Bréfritari: Erlendur Ólafsson
Viðtakandi: Jón Borgfirðings Jónsson
Dagsetning: A-1867-08-10
Skrifað á: Akureyri  Eyf.

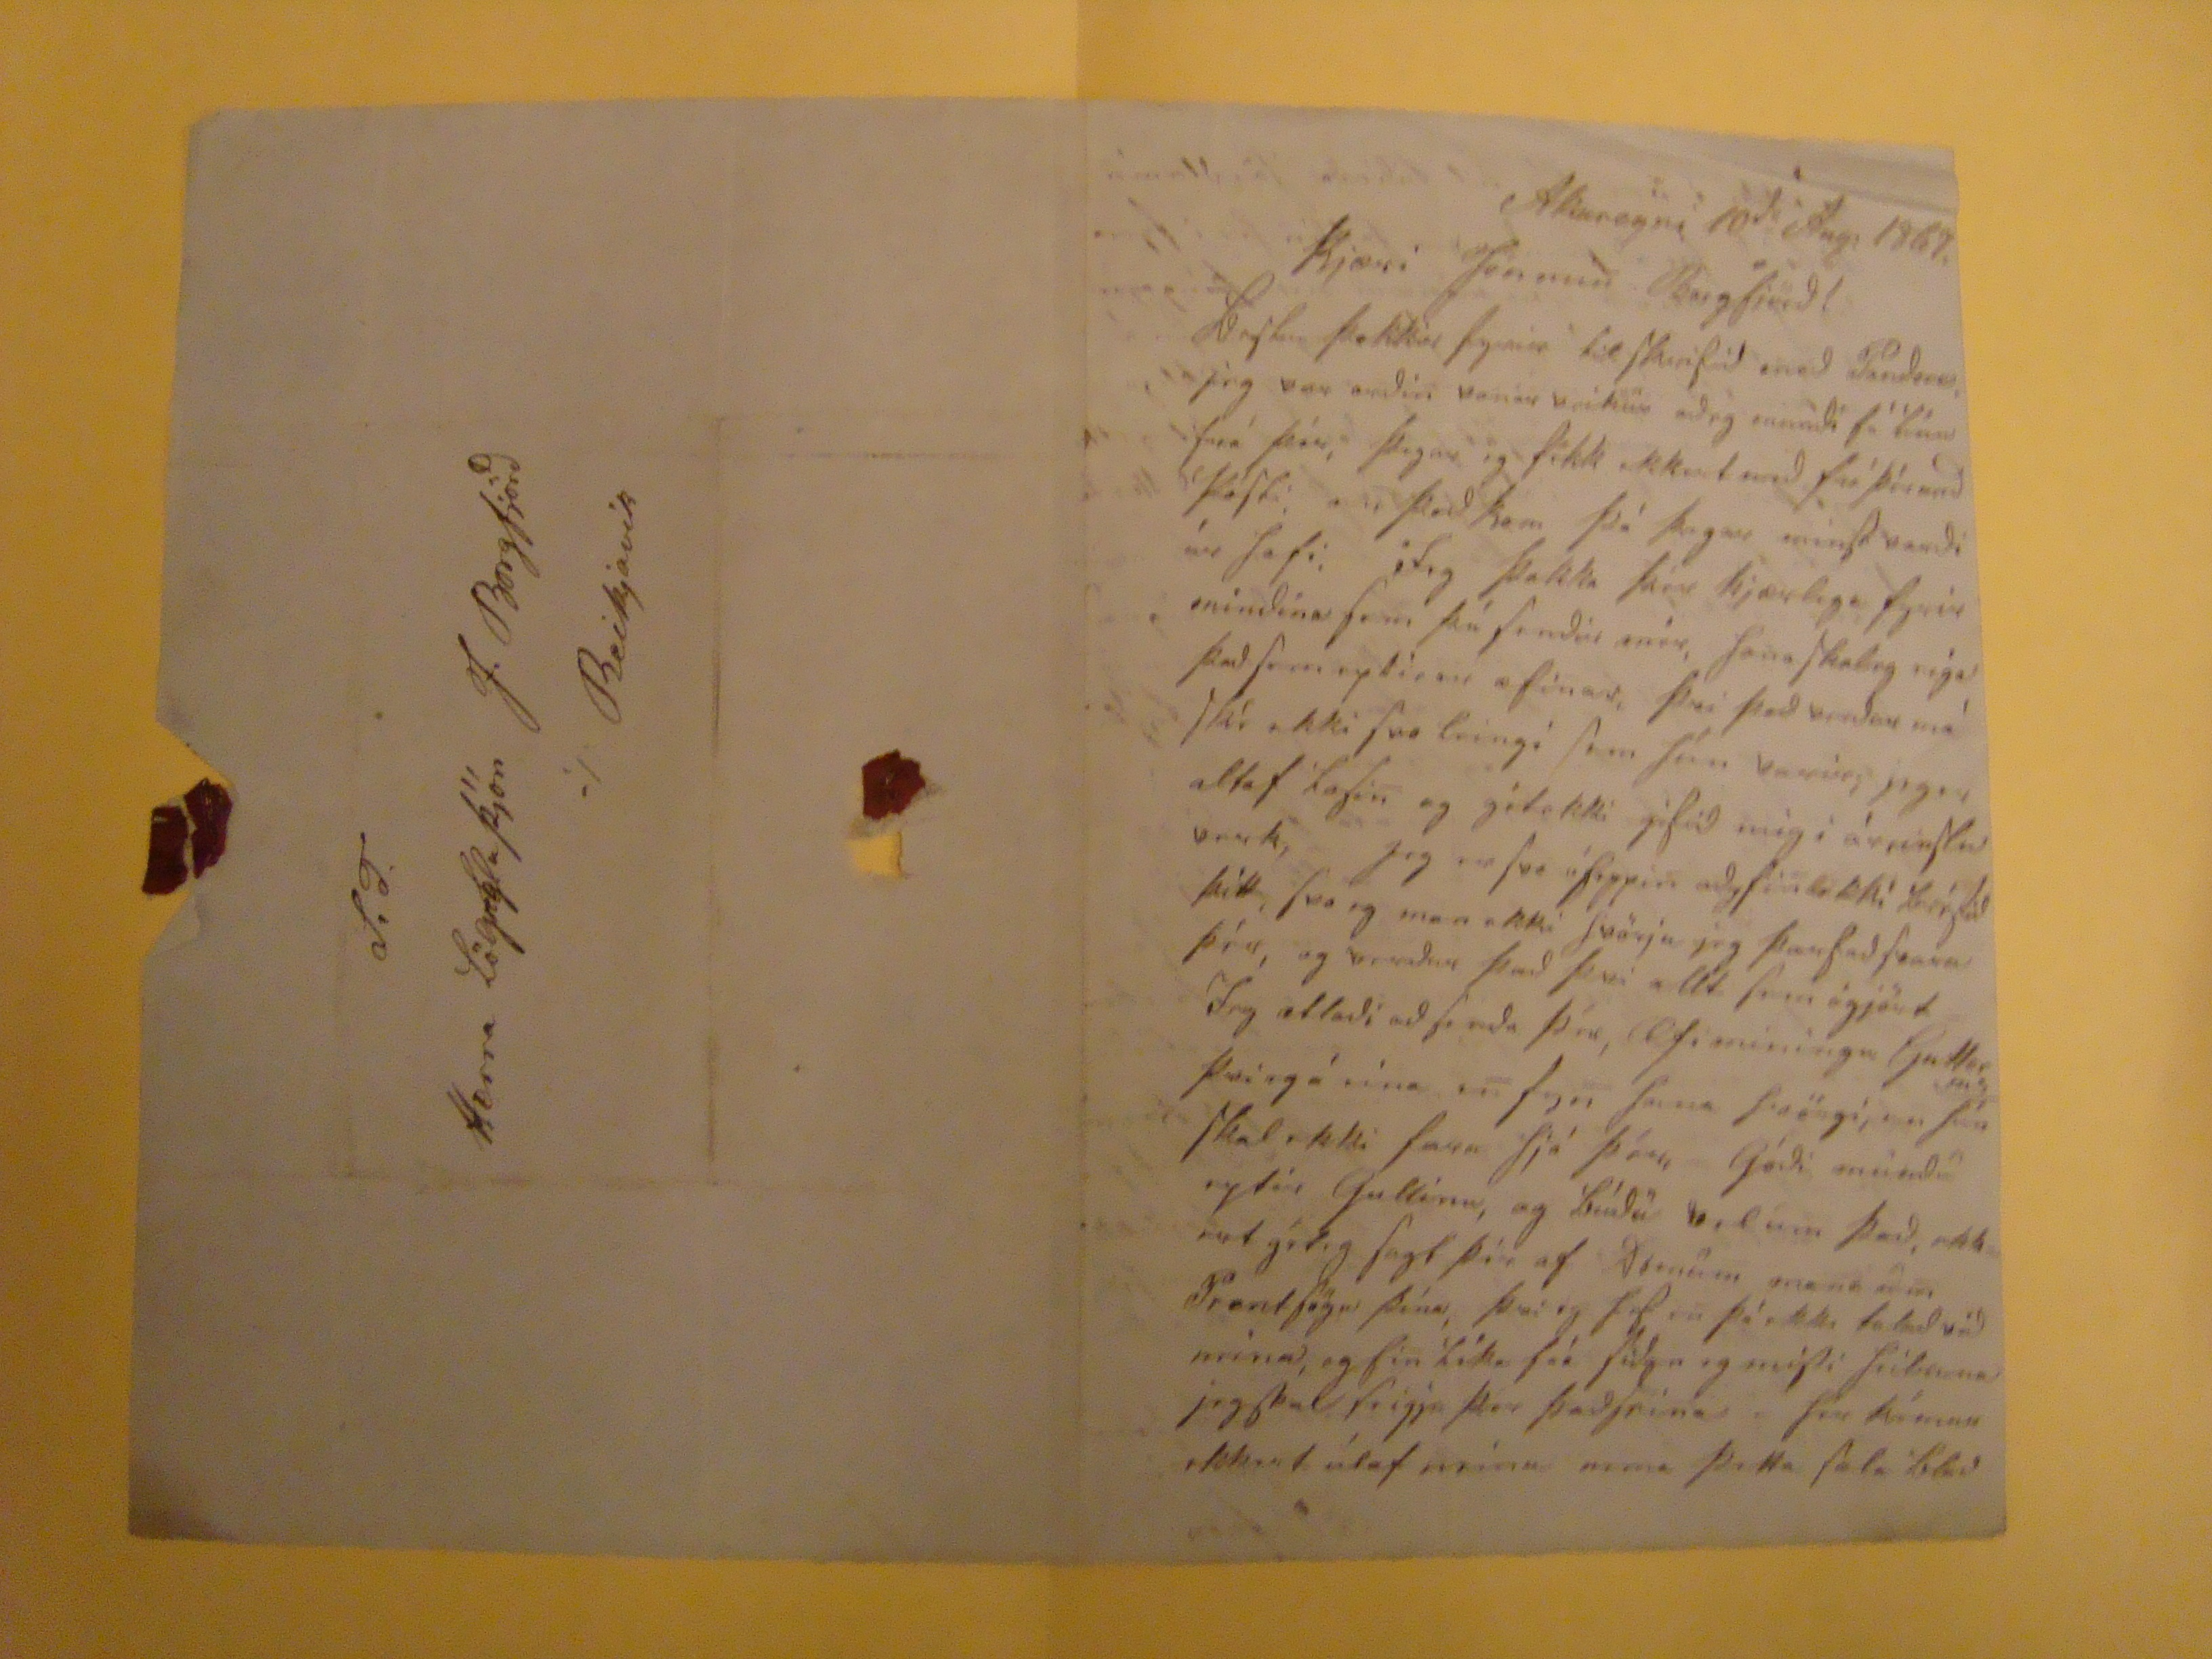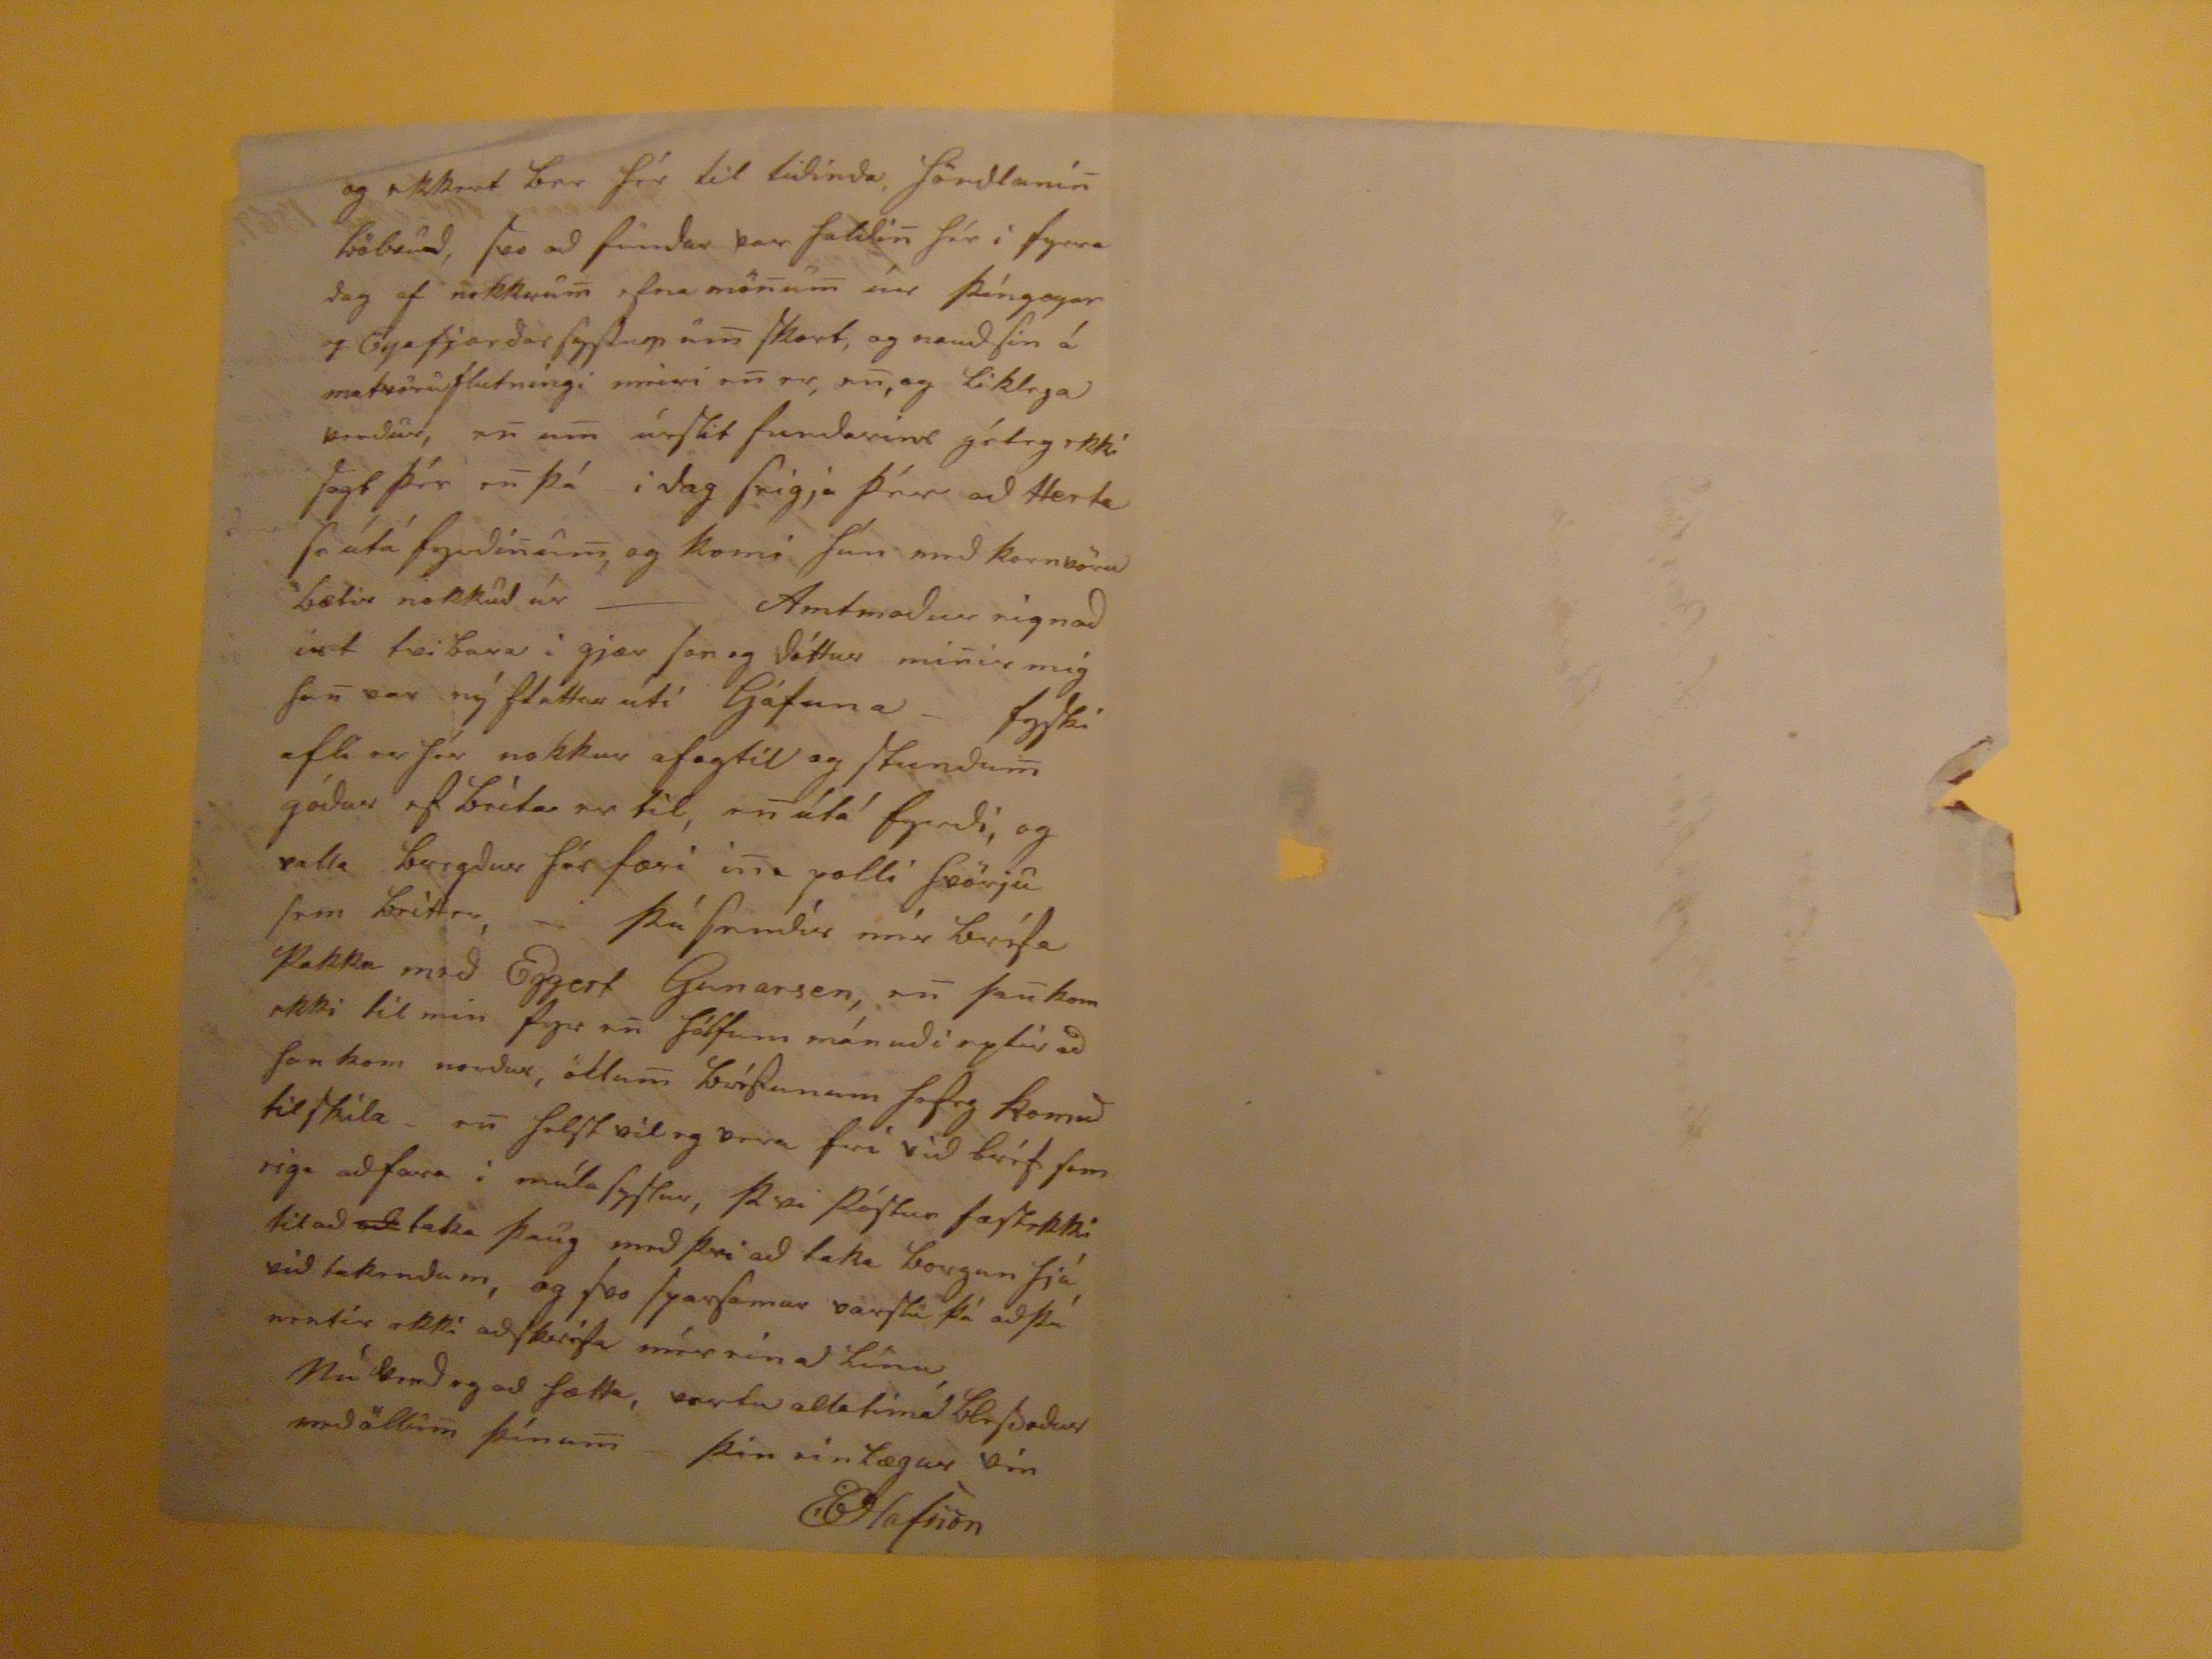

Akureyri 10
da
Aug: 1867
Kjæri Jón mi
n
Borgfjörð!
Bestu þakkir fyrir til skrifið með
Panders
jeg var orðin vonar veikur aðe gmundi fá
línu
frá þér, þegar eg fékk ekekrt með
frá
þér með
Kosti
e
n
það kom þá þegar mist varði úr hafi, Jeg þakka þér kjærlega fyrir mindina sem þú sendir mér, hana skaleg eiga það sem eptirer æfinar, þvi það verður máské ekki svo leigi sem hún varir, jeger altaf lofi
n
og gétekki gifið mig í áreinslu verk, jeg er svo óheppin að
?si
n
ekki bréfið
þitt, svo eg man ekki hvrju jeg þarf að svara þér, go verður það þvi allt sem ógjört Jeg ætlaði að senda þér, Æfi miningar Gutler
ins
þvi eg á eina e
n
fy
n
hana hvörgi, en hún skal ekki fara hjá þér, Góði mundu eptir Gullinu, og búði vel um það, ekkert géteg sagt þér af
?renum mana aðin
Prentsögu þína, því eg hef e
n
þá ekki talað við neina, og hin líka fáa
siðan eg
missti heilsuna jeg skal seigja þér það seina hér kémur ekkert útaf mínu nema þetta sala blað
og ekkert ber hér til tiðinda,
Hördlani
n
tvöbruð
, svo að fundar var haldi
n
hér i fyrra dag af nokkru
m
efna mö
n
u
m
úr þíngeyar og eyafjarðarsyslum u
m
skort, og nauðsin á matvöruflutníngi meiri e
n
er, e
n
, og liklega verður, e
n
u
m
úrslit fundarins géteg ekki sagt þér e
n
þá i dag seigja þrír að
??erta
so útá fyrðí
n
u
m
, og komi hún með kornvöru bætir nokkuð úr --- Amtmaður eignaðist tvibara i gjær son og dóttur mi
n
ir mig ha
n
var ný fluttur útí Gáfuna fyski afli er hér nokkur af og til og stundu
m
góður ef beítar er til, e
n
útá fyrði, og valla bregður hér færi i
n
a polli hvörju sem beitter, þú sendir mér bréfa Pakka emð Eggert Gunarsen, e
n
þ-ha
n
kom ekki til mín fyr e
n
hálfum mánuði eptir að han kom norður, öllu
m
bréfunum hefeg komið til skila e
n
helst vil eg vera frí við bréf sem eiga að fara i múla syslur, þvi Póstur fæstekki til að
að
taka þaug með þvi að taka borgun hjá við takendum, og svo sparsamar varslu þá að þú nentir ekki að skrifa mér eina línuNú verð eg að hætta, vertu alla tíma blessaður með öllum þínu
m
þin einlægur vin
EOlafsson